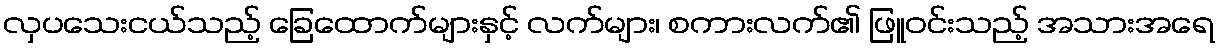
လှပသေးငယ်သည့် ခြေထောက်များနှင့် လက်များ၊ စကားလက်၏ ဖြူဝင်းသည့် အသားအရေ